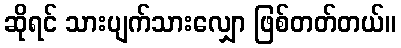
ဆိုရင် သားပျက်သားလျှော ဖြစ်တတ်တယ်။